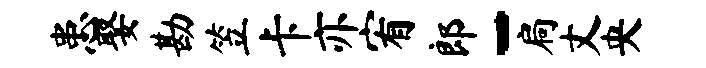
患娶勘笠卡亦宥郎-扃丈央